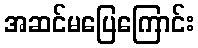
အဆင်မပြေကြောင်း